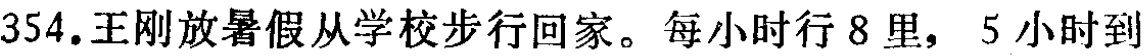
354.王刚放暑假从学校步行回家。每小时行8里，5小时到